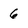
Character: 6